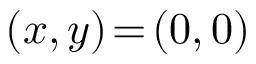
( x , y ) \! = \! ( 0 , 0 )